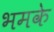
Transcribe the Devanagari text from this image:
भमके